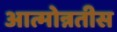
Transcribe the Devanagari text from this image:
आत्मोन्नतीस